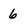
Character: 6